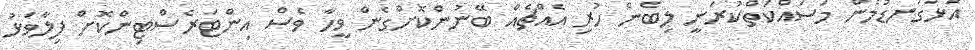
އަޅުގަނޑުމެން މަސައްކަތްކުރަނީ ލިބެން ހުރި އެއްޗެއް ބޭނުންކޮށްގެން ވީހާ ވެސް އިންޓަރެސްޓިންކޮށް ފިލާވަޅު